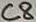
Text: C8